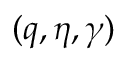
( q , \eta , \gamma )